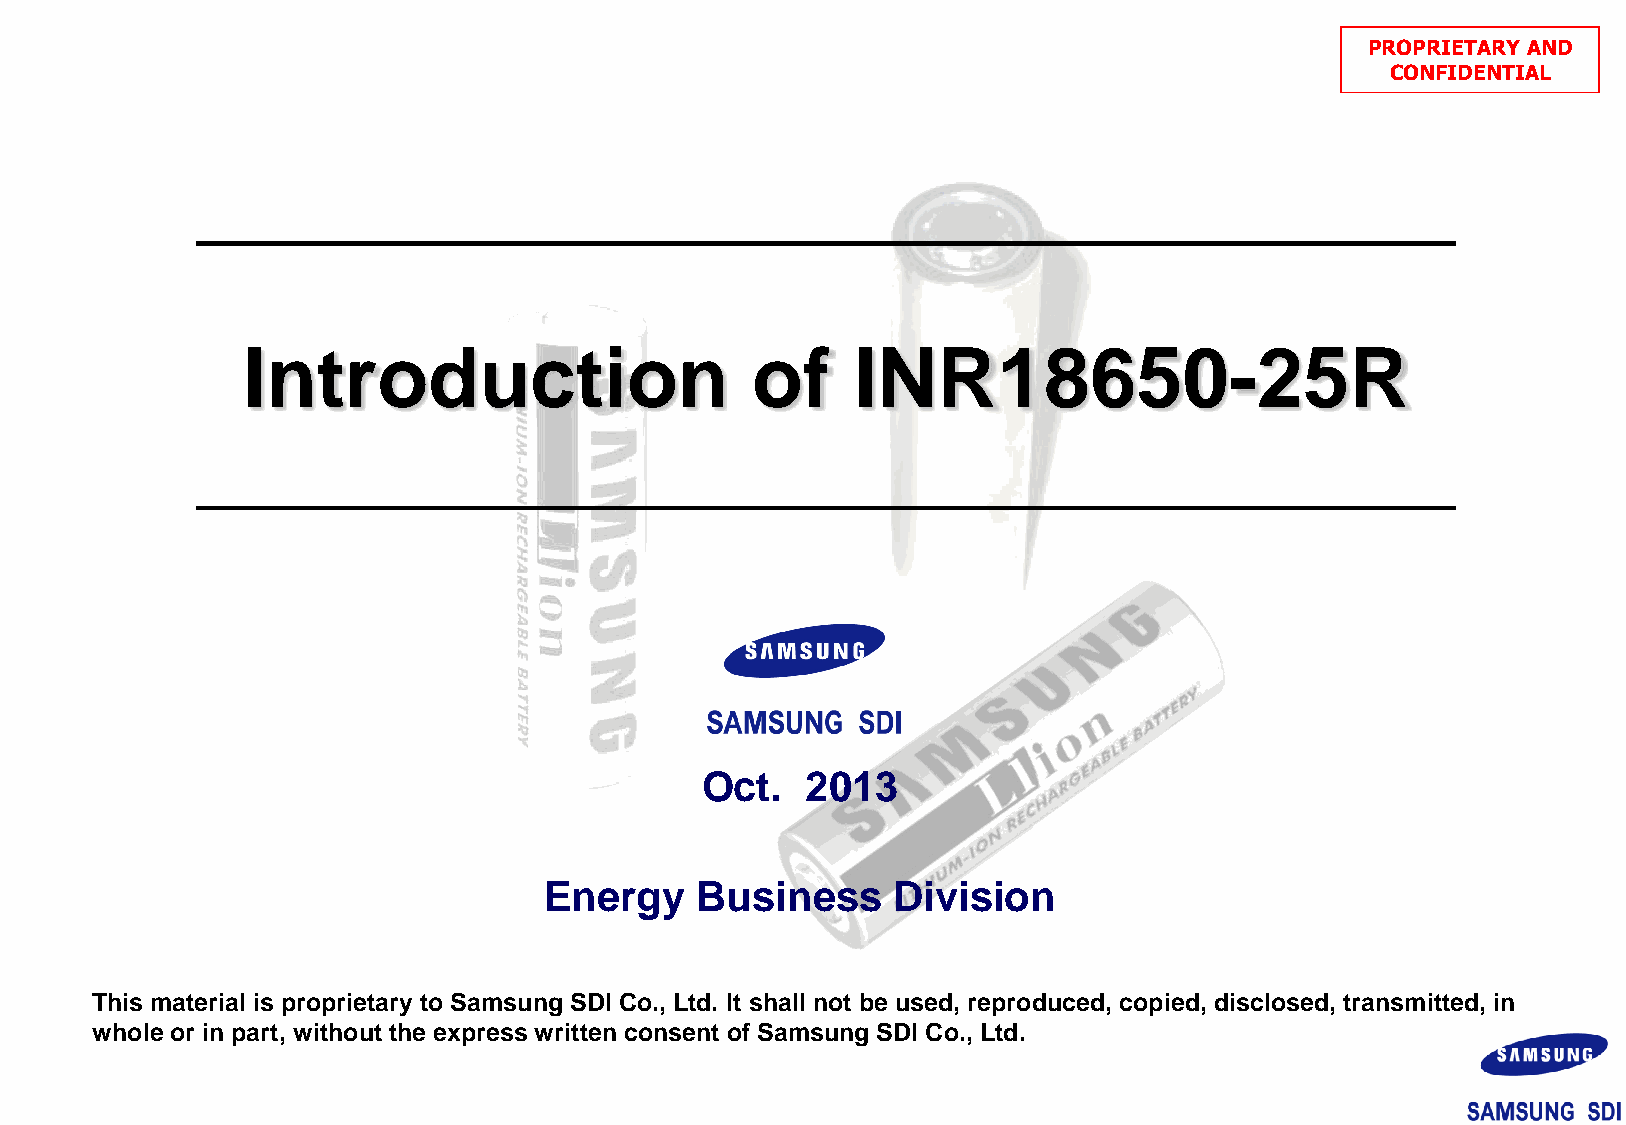
PROPRIETARY AND
 CONFIDENTIAL
 Introduction                      of     INR18650-25R
 Oct.   2013
 Energy    Business     Division
 This material is proprietary to Samsung SDI Co., Ltd. It shall not be used, reproduced, copied, disclosed, transmitted, in
 whole or in part, without the express written consent of Samsung SDI Co., Ltd.